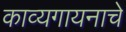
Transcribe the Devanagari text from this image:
काव्यगायनाचे